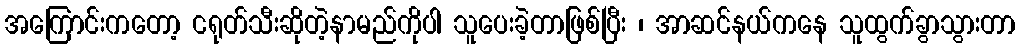
အကြောင်းကတော့ ငရုတ်သီးဆိုတဲ့နာမည်ကိုပါ သူပေးခဲ့တာဖြစ်ပြီး ၊ အာဆင်နယ်ကနေ သူထွက်ခွာသွားတာ